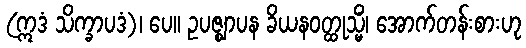
(ဣဒံ သိက္ခာပဒံ)၊ ပေ။ ဥပဇ္ဈာပန ခိယနဝတ္ထုသ္မိံ၊ အောက်တန်းစားဟု